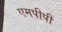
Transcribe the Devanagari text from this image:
एमपीपी